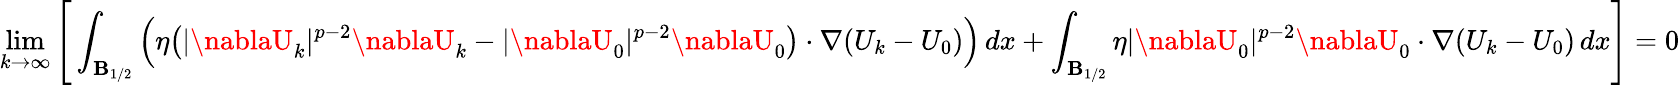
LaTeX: \operatorname*{lim}_{k\to\infty}\Bigg[\int_{\mathbf{B}_{1/2}}\Big(\eta\big(|\nablaU_{k}|^{p-2}\nablaU_{k}-|\nablaU_{0}|^{p-2}\nablaU_{0}\big)\cdot\nabla(U_{k}-U_{0})\Big)\, dx+\int_{\mathbf{B}_{1/2}}\eta|\nablaU_{0}|^{p-2}\nablaU_{0}\cdot\nabla(U_{k}-U_{0})\, dx\Bigg]=0